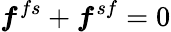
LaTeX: \boldsymbol{f}^{fs}+\boldsymbol{f}^{sf}=0